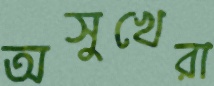
অসুখেরা